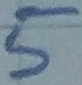
Text: 5